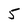
Character: 5